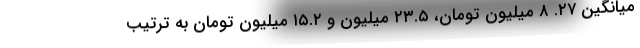
میانگین ۲۷. ۸ میلیون تومان، ۲۳.۵ میلیون و ۱۵.۲ میلیون تومان به ترتیب